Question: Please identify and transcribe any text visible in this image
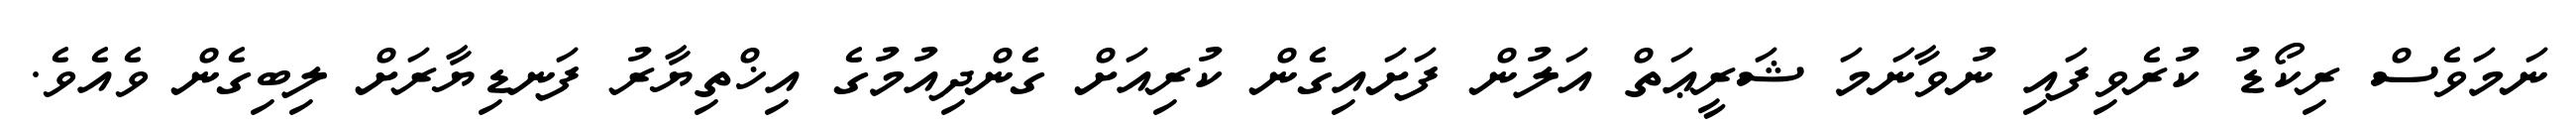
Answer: ނަމަވެސް ރިކޯޑު ކުރެވިފައި ނުވާނަމަ ޝަރީޢަތް އަލުން ފަށައިގެން ކުރިއަށް ގެންދިއުމުގެ އިޚްތިޔާރު ފަނޑިޔާރަށް ލިބިގެން ވެއެވެ.